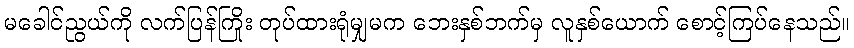
မခေါင်ညွယ်ကို လက်ပြန်ကြိုး တုပ်ထားရုံမျှမက ဘေးနှစ်ဘက်မှ လူနှစ်ယောက် စောင့်ကြပ်နေသည်။